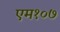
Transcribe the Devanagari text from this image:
एम१०७